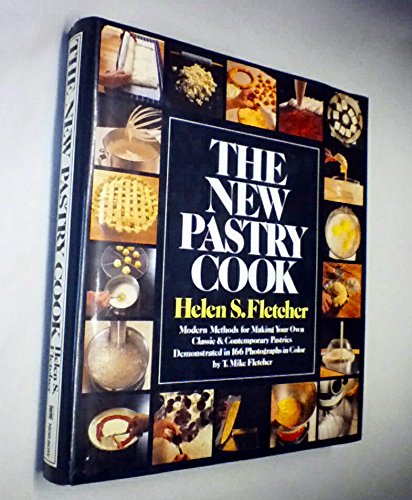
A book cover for The new pastry cook: Modern methods for making your own classic and contemporary pastries; Helen S Fletcher; Cookbooks, Food & Wine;